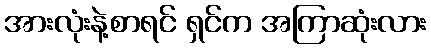
အားလုံးနဲ့စာရင် ရှင်က အကြာဆုံးလား